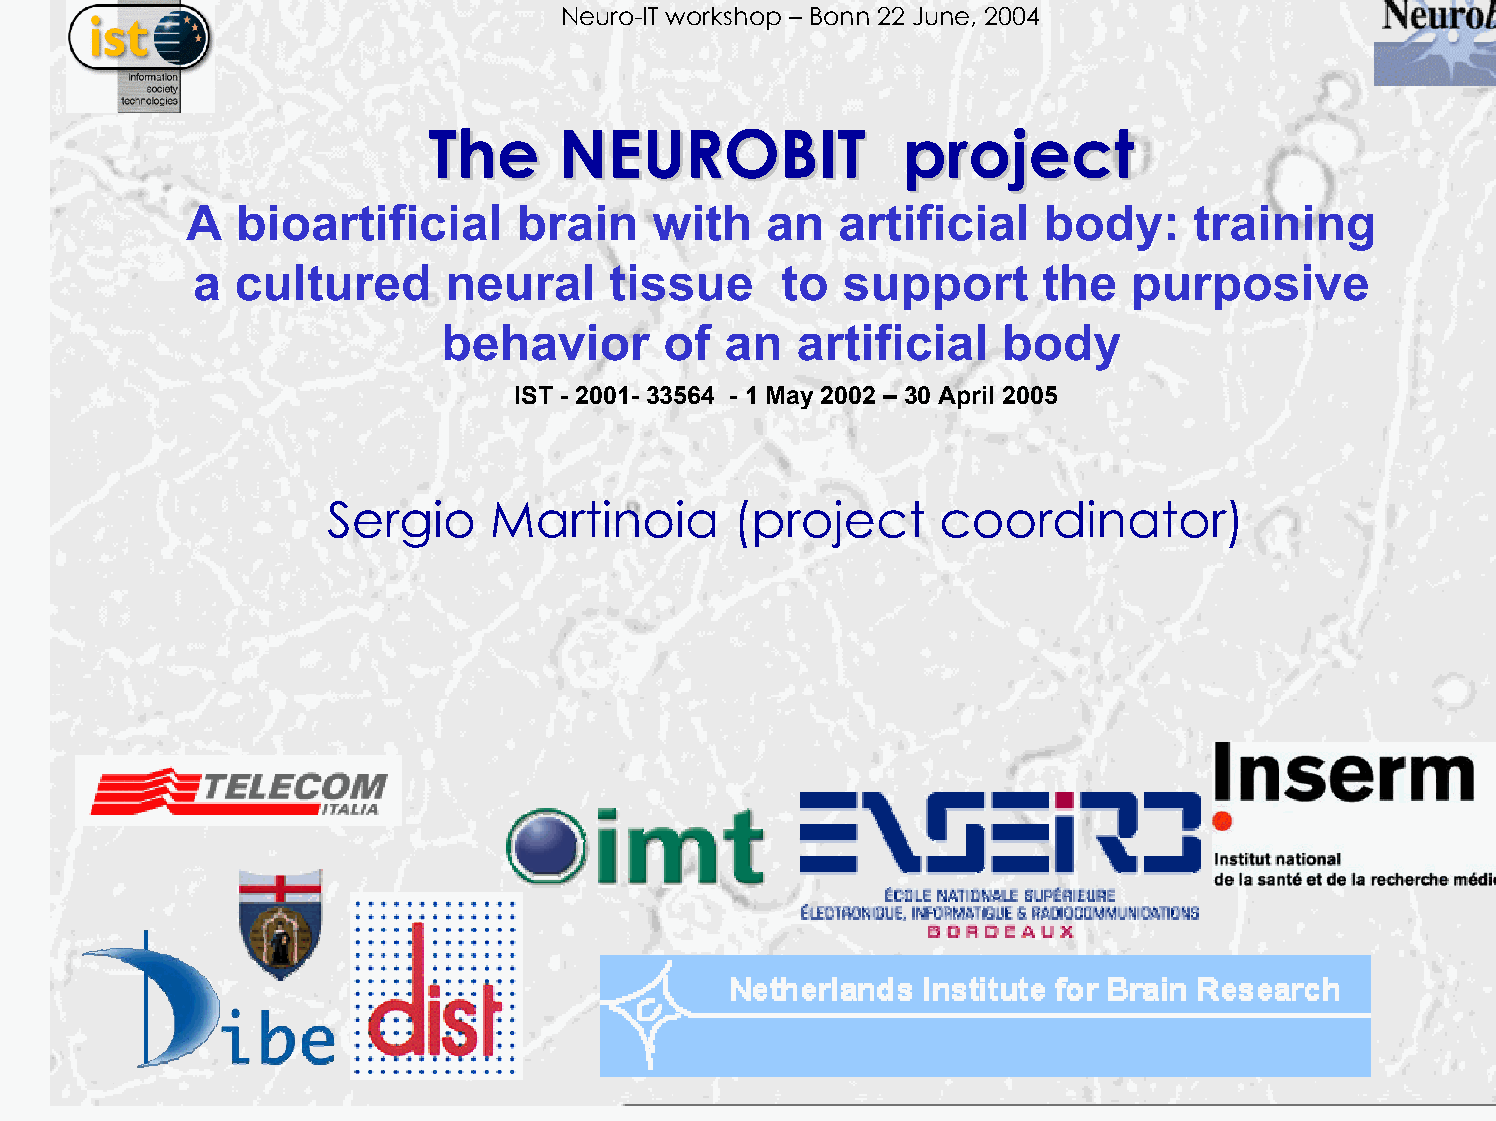
Neuro-IT workshop – Bonn 22 June, 2004
 TThhee   NNEEUURROOBBIITT       pprroojjeecctt
 A   bioartificial     brain    with    an   artificial   body:     training
 a  cultured      neural    tissue      to  support      the   purposive
 behavior       of  an   artificial   body
 IST - 2001- 33564 - 1 May 2002 – 30 April 2005
 Sergio     Martinoia       (project     coordinator)